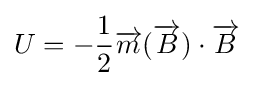
U=-{\frac {1}{2}}{\overrightarrow {m}}({\overrightarrow {B}})\cdot {\overrightarrow {B}}